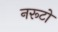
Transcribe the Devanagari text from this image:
नरूटो